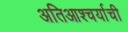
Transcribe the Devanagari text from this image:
अतिआश्चर्याची